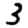
Digit: 3